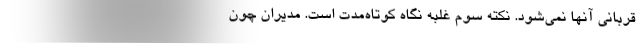
قربانی آنها نمی‌شود. نکته سوم غلبه نگاه کوتاه‌مدت است. مدیران چون